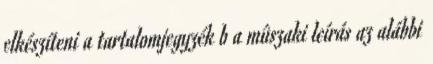
elkészíteni a tartalomjegyzék b a mûszaki leírás az alábbi